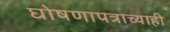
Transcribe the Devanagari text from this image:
घोषणापत्राच्याही